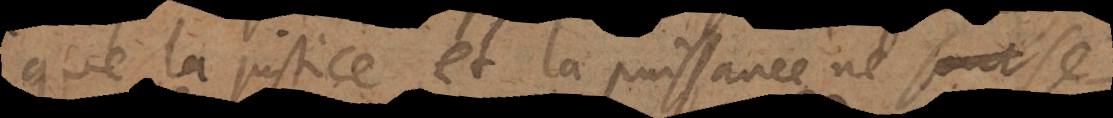
que la justice et la puissance ne se re